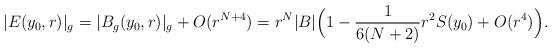
LaTeX: \begin{align*} |E(y_0,r)|_g=|B_g(y_0,r)|_g+O(r^{N+4})= r^N |B| \Bigl(1 -\frac{1}{6(N+2)}r^2 S(y_0) + O(r^4)\Bigr).\end{align*}